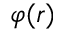
\varphi ( r )